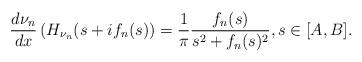
LaTeX: \begin{align*}\frac{d\nu_{n}}{dx}\left(H_{\nu_{n}}(s+if_{n}(s)\right)=\frac{1}{\pi}\frac{f_{n}(s)}{s^{2}+f_{n}(s)^{2}},s\in[A,B].\end{align*}